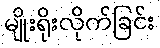
မျိုးရိုးလိုက်ခြင်း